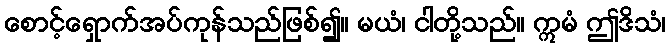
စောင့်ရှောက်အပ်ကုန်သည်ဖြစ်၍။ မယံ၊ ငါတို့သည်။ ဣမံ ဤဒိသံ၊